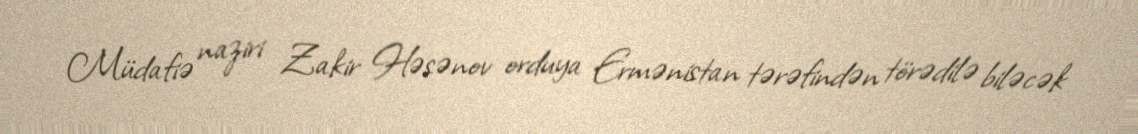
Müdafiə naziri Zakir Həsənov orduya Ermənistan tərəfindən törədilə biləcək